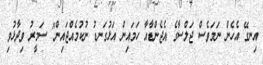
އިނގޭ އެހެން ނަމަވެސް ޖަލްސާގެ އެޖެންޑާއާ ހަމައިން އަޅުގަނޑު ނުކުމެއްޖައިން" ސަމީރު ވިދާޅުވި